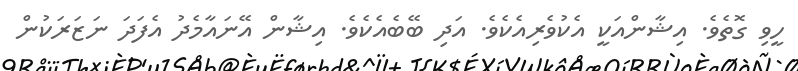
ހީވި ގޮތެވެ. އިޝާންއަކީ އެކުވެރިއެކެވެ. އަދި ބޭބެއެކެވެ. އިޝާން އޭނައާމެދު އެފަދަ ނަޒަރަކުން